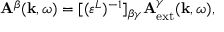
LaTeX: { \bf A } ^ { \beta } ( { \bf k } , \omega ) = [ ( \varepsilon ^ { L } ) ^ { - 1 } ] _ { \beta \gamma } { \bf A } _ { \mathrm { e x t } } ^ { \gamma } ( { \bf k } , \omega ) ,